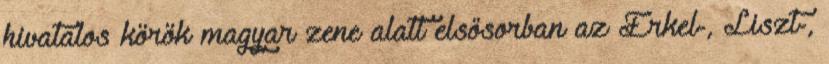
hivatalos körök magyar zene alatt elsősorban az Erkel-, Liszt-,